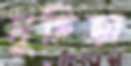
সুহিতা